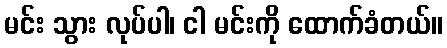
မင်း သွား လုပ်ပါ၊ ငါ မင်းကို ထောက်ခံတယ်။